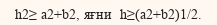
h2≥ a2+b2, яғни  h≥(a2+b2)1/2.